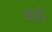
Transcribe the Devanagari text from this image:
चापें